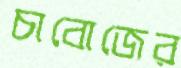
চাবোজের